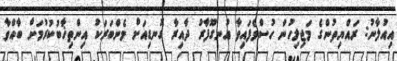
އިއުލާނު: ރައްޔިތުންގެ މަޖިލިހުން ހުސްވެފައިވާ އުނގޫފާރު ދާއިރާ ގޮނޑިއަށް މެންބަރަކު އިންތިޚާބުކުރުމަށް ބާއްވާ